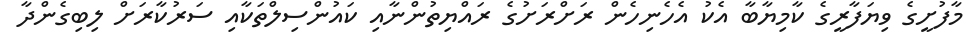
މާފުށީގެ ވިޔަފާރީގެ ކާމިޔާބާ އެކު އެހެނިހެން ރަށްރަށުގެ ރައްޔިތުންނާއި ކައުންސިލްތަކާއި ސަރުކާރަށް ލިބިގެންދާ